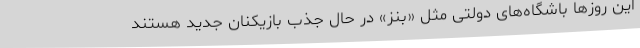
این روزها باشگاه‌های دولتی مثل «بنز» در حال جذب بازیکنان جدید هستند